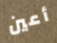
أعين